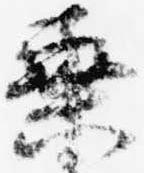
乗